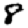
Digit: 8